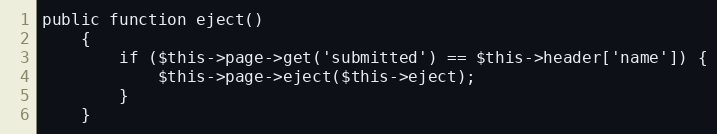
Language: PHP
public function eject()
    {
        if ($this->page->get('submitted') == $this->header['name']) {
            $this->page->eject($this->eject);
        }
    }